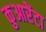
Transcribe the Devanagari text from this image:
कुआरेंटा